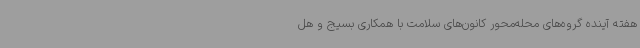
هفته آینده گروه‌های محله‌محور کانون‌های سلامت با همکاری بسیج و هل